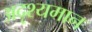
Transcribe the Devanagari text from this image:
अदृश्यमान